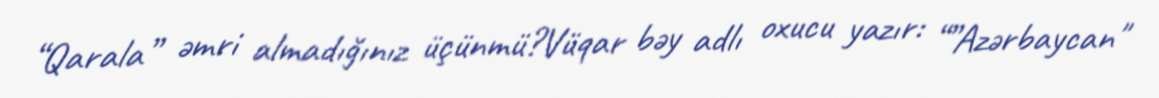
“Qarala” əmri almadığınız üçünmü?Vüqar bəy adlı oxucu yazır: “”Azərbaycan"